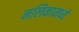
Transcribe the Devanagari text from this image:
नलिकामध्ये